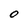
Character: O